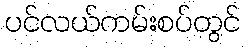
ပင်လယ်ကမ်းစပ်တွင်